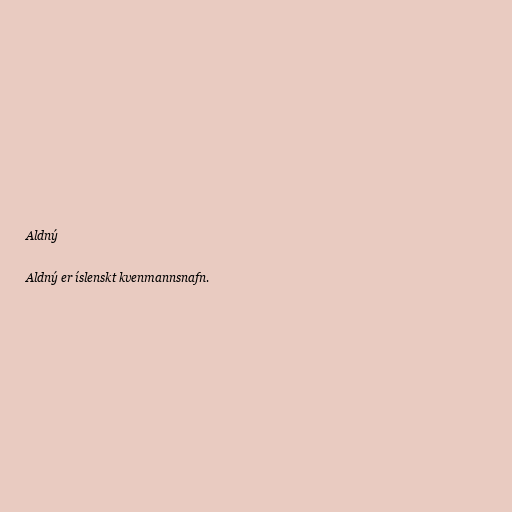
Aldný

Aldný er íslenskt kvenmannsnafn.